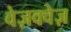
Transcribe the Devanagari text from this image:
वेज़क्वेज़